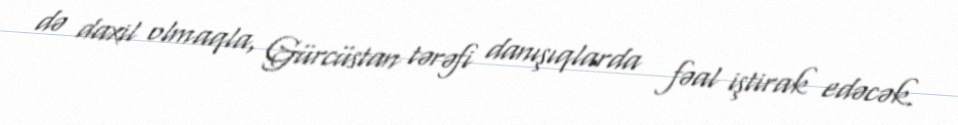
də daxil olmaqla, Gürcüstan tərəfi danışıqlarda fəal iştirak edəcək.